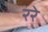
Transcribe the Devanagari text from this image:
ररे